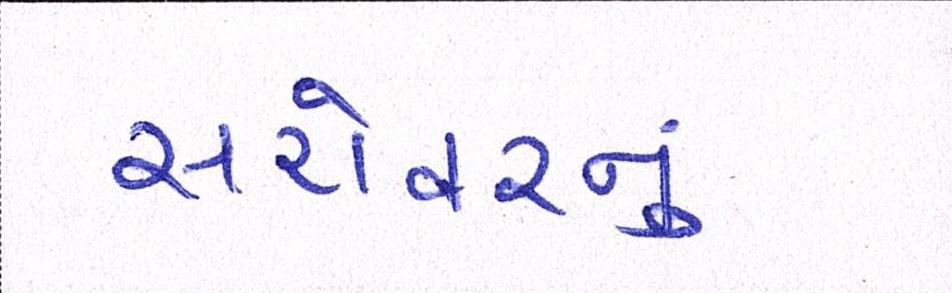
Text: સરોવરનું